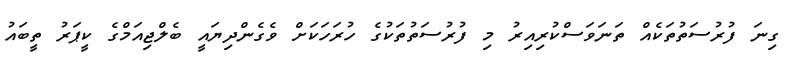
ގިނަ ފުރުސަތުތަކެއް ތަނަވަސްކުރިއިރު މި ފުރުސަތުތަކުގެ ހުރަހަކަށް ވެގެންދިޔައީ ބެލްޖިއަމްގެ ކީޕަރު ތީބައު